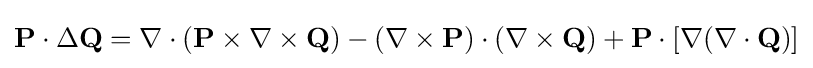
\mathbf {P} \cdot \Delta \mathbf {Q} =\nabla \cdot (\mathbf {P} \times \nabla \times \mathbf {Q} )-(\nabla \times \mathbf {P} )\cdot (\nabla \times \mathbf {Q} )+\mathbf {P} \cdot [\nabla (\nabla \cdot \mathbf {Q} )]